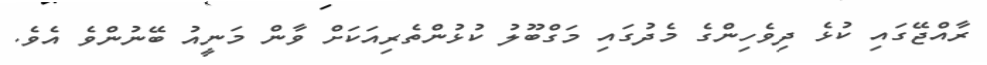
ރާއްޖޭގައި ކުޅެ ދިވެހިންގެ މެދުގައި މަގްބޫލު ކުޅުންތެރިއަކަށް ވާން މަނީއު ބޭނުންވެ އެވެ.